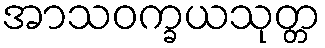
အာသဝက္ခယသုတ္တ